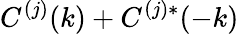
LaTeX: C^{(j)}(k)+C^{(j)*}(-k)